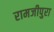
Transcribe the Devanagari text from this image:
रामजीपुरा